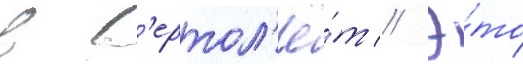
в в'ертол'ё́т // Э́то